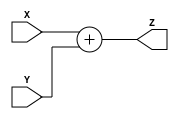
module LogarithmicAnalogMultiplier(
    input wire [15:0] X, // Input signal X
    input wire [15:0] Y, // Input signal Y
    output wire [15:0] Z // Output signal Z, which is the product of X and Y
);

// Internal signals
wire [15:0] logX; // Logarithm of X
wire [15:0] logY; // Logarithm of Y
wire [15:0] sumLog; // Sum of logX and logY
wire [15:0] expSumLog; // Exponential of sumLog

// Logarithmic approximation
function [15:0] log_approx;
    input [15:0] value;
    begin
        // Here we would implement a logarithmic approximation
        // For simplicity, we use a placeholder
        // In practice, you could use a lookup table or a more complex function
        log_approx = value; // Placeholder for log approximation
    end
endfunction

// Exponential approximation
function [15:0] exp_approx;
    input [15:0] value;
    begin
        // Here we would implement an exponential approximation
        // For simplicity, we use a placeholder
        // In practice, you could use a lookup table or a more complex function
        exp_approx = value; // Placeholder for exp approximation
    end
endfunction

// Calculate log(X) and log(Y)
assign logX = log_approx(X);
assign logY = log_approx(Y);

// Sum the logarithmic values
assign sumLog = logX + logY;

// Calculate the exponential of the summed logarithmic value
assign Z = exp_approx(sumLog);

endmodule